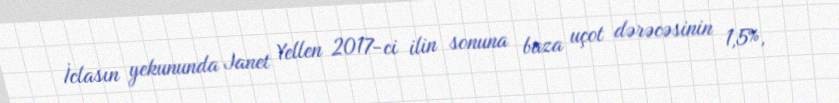
İclasın yekununda Janet Yellen 2017-ci ilin sonuna baza uçot dərəcəsinin 1,5%,